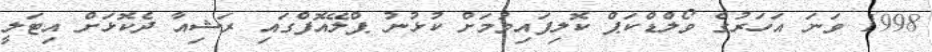
1998 ވަނަ އަހަރުގެ ވޯލްޑްކަޕް ކޮލިފައިވުމަށް ކުޅުނު ޕްލޭއޮފްގައި ރަޝިއާ ދެކޮޅަށް އިޓަލީ